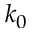
k _ { 0 }